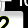
Digit: 2